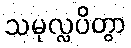
သမုလ္လပိတွာ